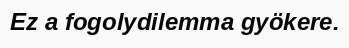
Ez a fogolydilemma gyökere.